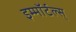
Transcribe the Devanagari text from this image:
इम्मॉर्टल्स्